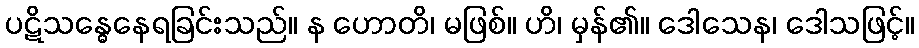
ပဋိသန္ဓေနေရခြင်းသည်။ န ဟောတိ၊ မဖြစ်။ ဟိ၊ မှန်၏။ ဒေါသေန၊ ဒေါသဖြင့်။